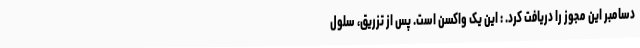
دسامبر این مجوز را دریافت کرد. : این یک واکسن است. پس از تزریق، سلول